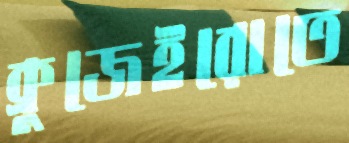
ক্রুজেইরোতে